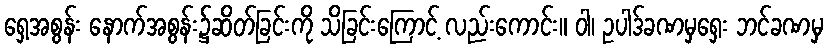
ရှေ့အစွန်း နောက်အစွန်း၌ဆိတ်ခြင်းကို သိခြင်းကြောင့် လည်းကောင်း။ ဝါ၊ ဥပါဒ်ခဏမှရှေး ဘင်ခဏမှ